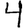
Digit: 4